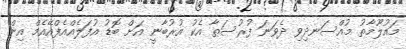
މައުލޫމާތު މުއްސަނދިވި ދެވަނަ ފުރުސަތާ އެކު އުރުބާނީ އަށް ބޮޑު އުފަލެއްއެފްއޭއެމް އިން